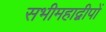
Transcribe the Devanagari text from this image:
सभीमहाद्वीपों